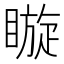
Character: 䁢